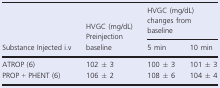
| <ROWSPAN=2> Substance Injected i.v | <ROWSPAN=2> HVGC (mg/dL) Preinjection baseline | <COLSPAN=2> HVGC (mg/dL) changes from baseline |
 | 5 min | 10 min |
 | --- | --- | --- | --- |
 | ATROP (6) | 102 ± 3 | 100 ± 3 | 101 ± 3 |
 | PROP + PHENT (6) | 106 ± 2 | 108 ± 6 | 104 ± 4 |